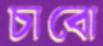
চাবো